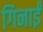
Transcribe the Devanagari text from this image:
गिनाईं